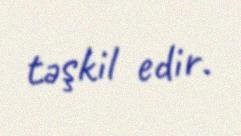
təşkil edir.